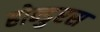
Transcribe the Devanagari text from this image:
होन्डुरस